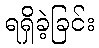
ရရှိခဲ့ခြင်း